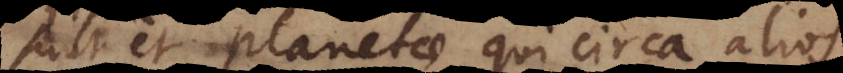
Sunt et planetae qui circa alios